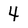
Character: 4